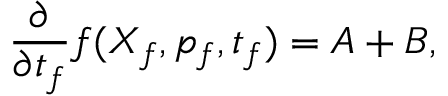
\frac { \partial } { \partial t _ { f } } f ( X _ { f } , p _ { f } , t _ { f } ) = A + B ,